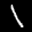
Label: 1